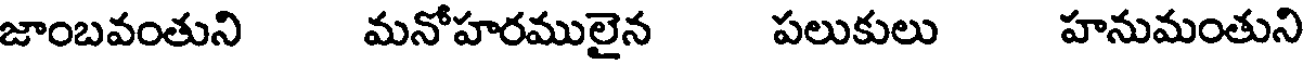
జాంబవంతుని మనోహరములైన పలుకులు హనుమంతుని